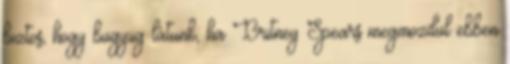
biztos, hogy bugyiig látunk, ha Britney Spears megmozdul ebben